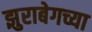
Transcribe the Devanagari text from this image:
झुराबेगच्या